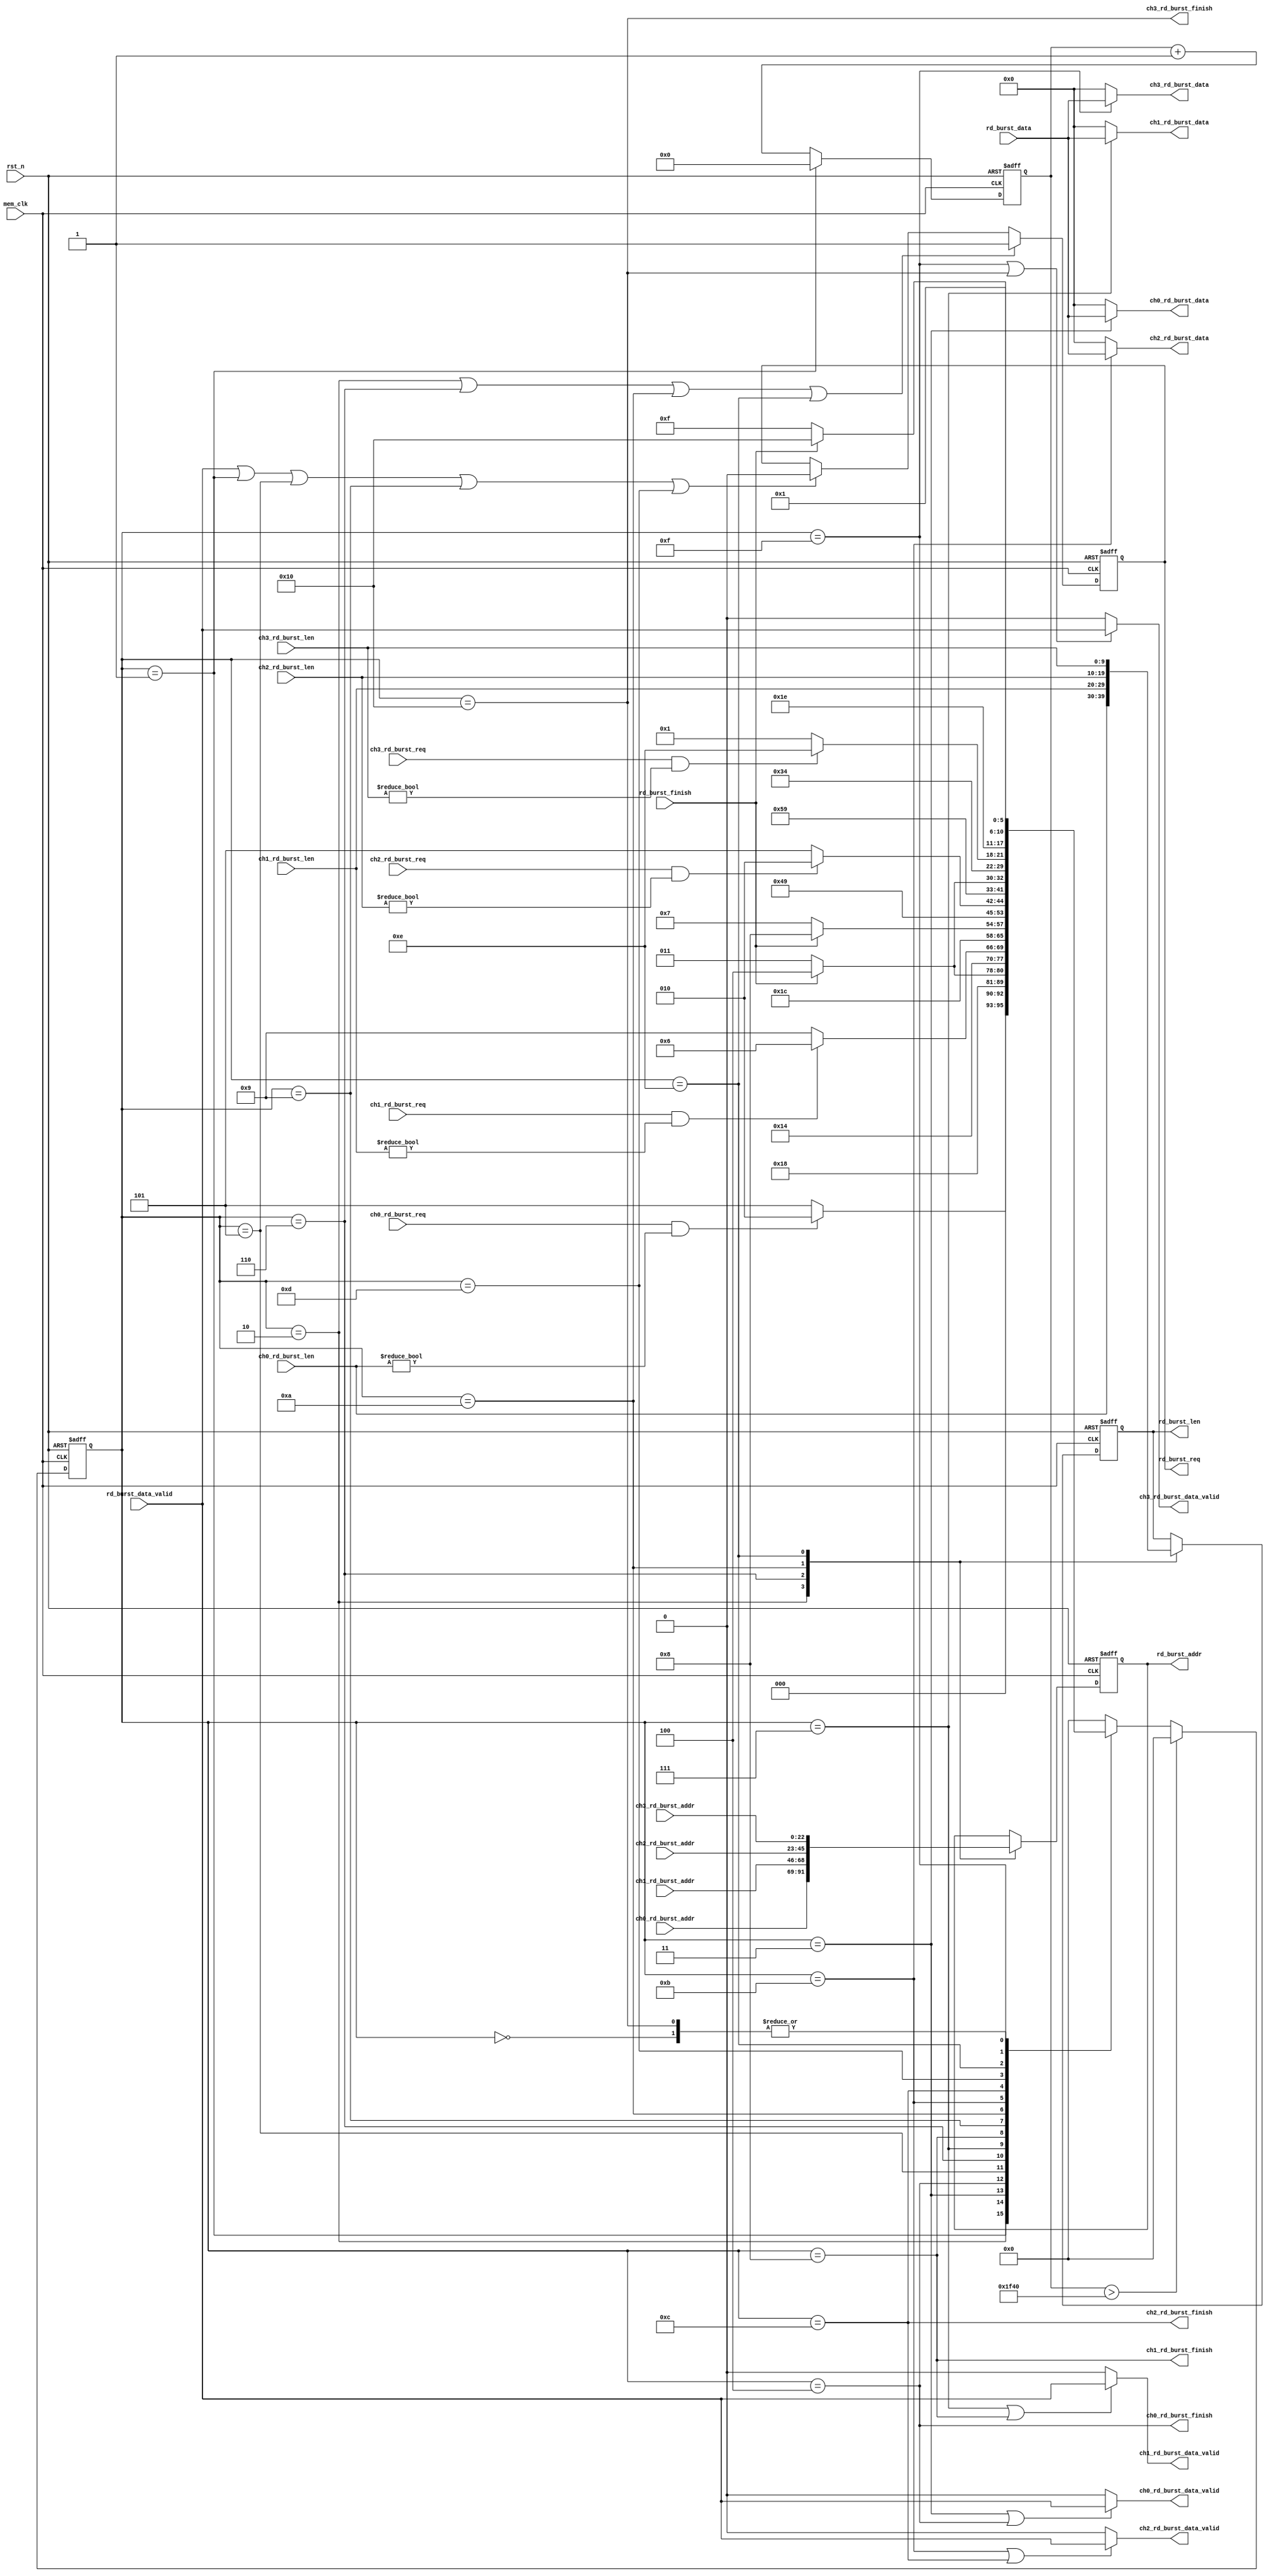
//////////////////////////////////////////////////////////////////////////////////
//                                                                              //
//                                                                              //
//          msq@qq.com                                                          //
//          ALINX(shanghai) Technology Co.,Ltd                                  //
//          heijin                                                              //
//     WEB: http://www.alinx.cn/                                                //
//     BBS: http://www.heijin.org/                                              //
//                                                                              //
//////////////////////////////////////////////////////////////////////////////////
//                                                                              //
// Copyright (c) 2017,ALINX(shanghai) Technology Co.,Ltd                        //
//                    All rights reserved                                       //
//                                                                              //
// This source file may be used and distributed without restriction provided    //
// that this copyright statement is not removed from the file and that any      //
// derivative work contains the original copyright notice and the associated    //
// disclaimer.                                                                  //
//                                                                              //
//////////////////////////////////////////////////////////////////////////////////

//================================================================================
//  Revision History:
//  Date          By            Revision    Change Description
//--------------------------------------------------------------------------------
//  2017/9/14     meisq          1.0         Original
//*******************************************************************************/
module mem_read_arbi
#(
	parameter MEM_DATA_BITS          = 32,
	parameter ADDR_BITS              = 23,
	parameter BUSRT_BITS             = 10
)
(
	input rst_n,
	input mem_clk,
	input ch0_rd_burst_req,
	input[BUSRT_BITS - 1:0] ch0_rd_burst_len,
	input[ADDR_BITS - 1:0] ch0_rd_burst_addr,
	output ch0_rd_burst_data_valid,
	output[MEM_DATA_BITS - 1:0] ch0_rd_burst_data,
	output ch0_rd_burst_finish,
	
	input ch1_rd_burst_req,
	input[BUSRT_BITS - 1:0] ch1_rd_burst_len,
	input[ADDR_BITS - 1:0] ch1_rd_burst_addr,
	output ch1_rd_burst_data_valid,
	output[MEM_DATA_BITS - 1:0] ch1_rd_burst_data,
	output ch1_rd_burst_finish,
	
	input ch2_rd_burst_req,
	input[BUSRT_BITS - 1:0] ch2_rd_burst_len,
	input[ADDR_BITS - 1:0] ch2_rd_burst_addr,
	output ch2_rd_burst_data_valid,
	output[MEM_DATA_BITS - 1:0] ch2_rd_burst_data,
	output ch2_rd_burst_finish,
	
	input ch3_rd_burst_req,
	input[BUSRT_BITS - 1:0] ch3_rd_burst_len,
	input[ADDR_BITS - 1:0] ch3_rd_burst_addr,
	output ch3_rd_burst_data_valid,
	output[MEM_DATA_BITS - 1:0] ch3_rd_burst_data,
	output ch3_rd_burst_finish,
	///////////////////////////////////////////
	output reg rd_burst_req,
	output reg[BUSRT_BITS - 1:0] rd_burst_len,
	output reg[ADDR_BITS - 1:0] rd_burst_addr,
	input rd_burst_data_valid,
	input[MEM_DATA_BITS - 1:0] rd_burst_data,
	input rd_burst_finish	
);

reg[5:0] read_state = 6'd0;
reg[5:0] read_state_next = 6'd0;
reg[15:0] cnt_timer = 15'd0;
localparam IDLE = 6'd0;

localparam CH0_CHECK = 6'd1;
localparam CH0_BEGIN = 6'd2;
localparam CH0_READ = 6'd3;
localparam CH0_END = 6'd4;

localparam CH1_CHECK = 6'd5;
localparam CH1_BEGIN = 6'd6;
localparam CH1_READ = 6'd7;
localparam CH1_END = 6'd8;

localparam CH2_CHECK = 6'd9;
localparam CH2_BEGIN = 6'd10;
localparam CH2_READ = 6'd11;
localparam CH2_END = 6'd12;

localparam CH3_CHECK = 6'd13;
localparam CH3_BEGIN = 6'd14;
localparam CH3_READ = 6'd15;
localparam CH3_END = 6'd16;


always@(posedge mem_clk or negedge rst_n)
begin
	if(~rst_n)
		read_state <= IDLE;
	else if(cnt_timer > 16'd8000)
		read_state <= IDLE;
	else
		read_state <= read_state_next;
end

always@(posedge mem_clk or negedge rst_n)
begin
	if(~rst_n)
		cnt_timer <= 16'd0;
	else if(read_state == CH0_CHECK)
		cnt_timer <= 16'd0;
	else
		cnt_timer <= cnt_timer + 16'd1;
end

always@(*)
begin
	case(read_state)
		IDLE:
			read_state_next <= CH0_CHECK;
		//
		CH0_CHECK:
			if(ch0_rd_burst_req && ch0_rd_burst_len != {BUSRT_BITS{1'd0}})
				read_state_next <= CH0_BEGIN;
			else
				read_state_next <= CH1_CHECK;
		CH0_BEGIN:
			read_state_next <= CH0_READ;
		CH0_READ:
			if(rd_burst_finish)
				read_state_next <= CH0_END;
			else
				read_state_next <= CH0_READ;
		CH0_END:
			read_state_next <= CH1_CHECK;
		//	
		CH1_CHECK:
			if(ch1_rd_burst_req && ch1_rd_burst_len != {BUSRT_BITS{1'd0}})
				read_state_next <= CH1_BEGIN;
			else
				read_state_next <= CH2_CHECK;
		CH1_BEGIN:
			read_state_next <= CH1_READ;
		CH1_READ:
			if(rd_burst_finish)
				read_state_next <= CH1_END;
			else
				read_state_next <= CH1_READ;
		CH1_END:
			read_state_next <= CH2_CHECK;
		//	
		CH2_CHECK:
			if(ch2_rd_burst_req  && ch2_rd_burst_len != {BUSRT_BITS{1'd0}})
				read_state_next <= CH2_BEGIN;
			else
				read_state_next <= CH3_CHECK;
		CH2_BEGIN:
			read_state_next <= CH2_READ;
		CH2_READ:
			if(rd_burst_finish)
				read_state_next <= CH2_END;
			else
				read_state_next <= CH2_READ;
		CH2_END:
			read_state_next <= CH3_CHECK;
		//	
		CH3_CHECK:
			if(ch3_rd_burst_req  && ch3_rd_burst_len != {BUSRT_BITS{1'd0}})
				read_state_next <= CH3_BEGIN;
			else
				read_state_next <= CH0_CHECK;
		CH3_BEGIN:
			read_state_next <= CH3_READ;
		CH3_READ:
			if(rd_burst_finish)
				read_state_next <= CH3_END;
			else
				read_state_next <= CH3_READ;
		CH3_END:
			read_state_next <= CH0_CHECK;		
		default:
			read_state_next <= IDLE;
	endcase
end

always@(posedge mem_clk or negedge rst_n)
begin
	if(~rst_n)
		begin
			rd_burst_len <= {BUSRT_BITS{1'd0}};
			rd_burst_addr <= {ADDR_BITS{1'd0}};
		end
	else
		begin
			case(read_state)
				CH0_BEGIN:
					begin
						rd_burst_len <= ch0_rd_burst_len;
						rd_burst_addr <= ch0_rd_burst_addr;
					end
				CH1_BEGIN:
					begin
						rd_burst_len <= ch1_rd_burst_len;
						rd_burst_addr <= ch1_rd_burst_addr;
					end
				CH2_BEGIN:
					begin
						rd_burst_len <= ch2_rd_burst_len;
						rd_burst_addr <= ch2_rd_burst_addr;
					end
				CH3_BEGIN:
					begin
						rd_burst_len <= ch3_rd_burst_len;
						rd_burst_addr <= ch3_rd_burst_addr;
					end
				default:
					begin
						rd_burst_len <= rd_burst_len;
						rd_burst_addr <= rd_burst_addr;
					end
			endcase
		end
end

always@(posedge mem_clk or negedge rst_n)
begin
	if(~rst_n)
		rd_burst_req <= 1'b0;
	else if(read_state == CH0_BEGIN || read_state == CH1_BEGIN || read_state == CH2_BEGIN || read_state == CH3_BEGIN)
		rd_burst_req <= 1'b1;
	else if(rd_burst_data_valid || read_state == CH0_CHECK  || read_state == CH1_CHECK  || read_state == CH2_CHECK  || read_state == CH3_CHECK)
		rd_burst_req <= 1'b0;
	else
		rd_burst_req <= rd_burst_req;
end

assign ch0_rd_burst_finish = (read_state == CH0_END);
assign ch1_rd_burst_finish = (read_state == CH1_END);
assign ch2_rd_burst_finish = (read_state == CH2_END);
assign ch3_rd_burst_finish = (read_state == CH3_END);

assign ch0_rd_burst_data_valid = (read_state == CH0_READ || read_state == CH0_END) ? rd_burst_data_valid : 1'b0;
assign ch1_rd_burst_data_valid = (read_state == CH1_READ || read_state == CH1_END) ? rd_burst_data_valid : 1'b0;
assign ch2_rd_burst_data_valid = (read_state == CH2_READ || read_state == CH2_END) ? rd_burst_data_valid : 1'b0;
assign ch3_rd_burst_data_valid = (read_state == CH3_READ || read_state == CH3_END) ? rd_burst_data_valid : 1'b0;

assign ch0_rd_burst_data = (read_state == CH0_READ) ? rd_burst_data : {MEM_DATA_BITS{1'd0}};
assign ch1_rd_burst_data = (read_state == CH1_READ) ? rd_burst_data : {MEM_DATA_BITS{1'd0}};
assign ch2_rd_burst_data = (read_state == CH2_READ) ? rd_burst_data : {MEM_DATA_BITS{1'd0}};
assign ch3_rd_burst_data = (read_state == CH3_READ) ? rd_burst_data : {MEM_DATA_BITS{1'd0}};
endmodule